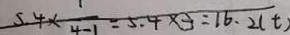
5 . 4 \times \frac { 1 } { 4 - 1 } = 5 . 4 \times 3 = 1 6 . 2 ( t )